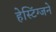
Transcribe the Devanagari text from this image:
हेस्टिंग्जने